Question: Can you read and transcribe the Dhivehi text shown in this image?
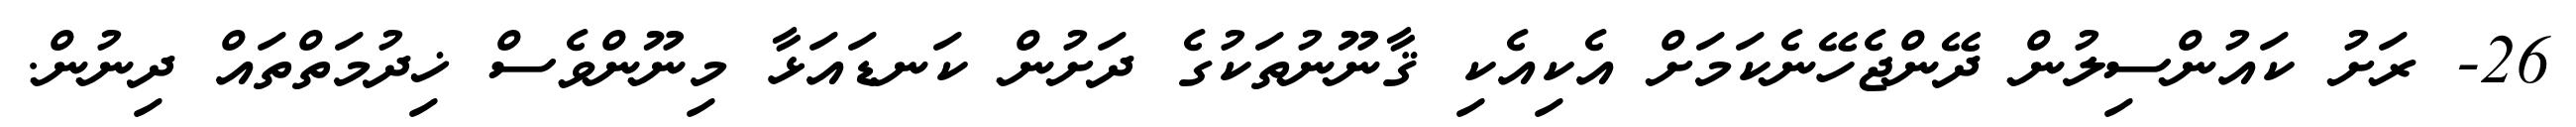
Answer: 26- ރަށު ކައުންސިލުން ދޭންޖެހޭނެކަމަށް އެކިއެކި ޤާނޫނުތަކުގެ ދަށުން ކަނޑައަޅާ މިނޫންވެސް ޚިދުމަތްތައް ދިނުން.